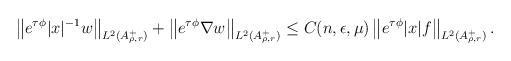
LaTeX: \begin{align*}& \left\| e^{\tau \phi}|x|^{-1} w \right\|_{L^2(A_{\rho, r}^+)} + \left\| e^{\tau \phi} \nabla w \right\|_{L^2(A_{\rho,r}^+)} \leq C(n, \epsilon, \mu) \left\|e^{\tau \phi} |x| f\right\|_{L^2(A_{\rho,r}^+)}.\end{align*}